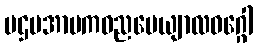
ပဌမအာမကဓညပေယျာလဝဂ္ဂေါ